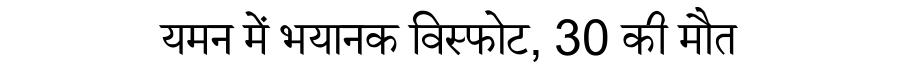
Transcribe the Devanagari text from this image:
यमन में भयानक विस्फोट, 30 की मौत